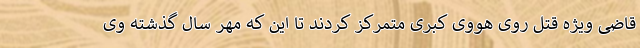
قاضی ویژه قتل روی هووی کبری متمرکز کردند تا این که مهر سال گذشته وی